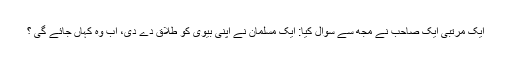
ایک مرتبی ایک صاحب نے مجھ سے سوال کیا: ایک مسلمان نے اپنی بیوی کو طلاق دے دی، اب وہ کہاں جائے گی ؟